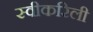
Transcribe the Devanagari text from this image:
स्वीकरिली